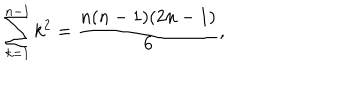
LaTeX: \sum _ { k = 1 } ^ { n - 1 } k ^ { 2 } = \frac { n ( n - 1 ) ( 2 n - 1 ) } { 6 } ,